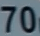
70